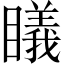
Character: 𥋟